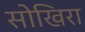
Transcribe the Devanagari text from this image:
सोखिरा